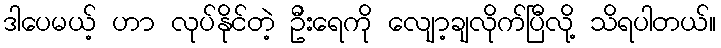
ဒါပေမယ့် ဟာ လုပ်နိုင်တဲ့ ဦးရေကို လျော့ချလိုက်ပြီလို့ သိရပါတယ်။